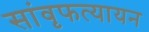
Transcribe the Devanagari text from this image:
सांवृफत्यायन